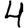
Digit: 4